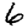
Digit: 6